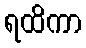
ရထိကာ